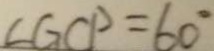
\angle G C P = 6 0 ^ { \circ }